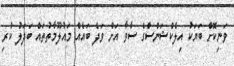
ވަނިކޮށް ބަޔަކު އިލެކްޝަންސްގެ ސާވާ އަށް ވަދެ ބައެއް މައުލޫމާތުތައް ބަދަލު ކުރި